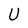
Character: U